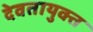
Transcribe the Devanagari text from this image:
देवतायुक्त